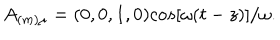
A _ { ( m ) \mu } = ( 0 , 0 , 1 , 0 ) c o s [ \omega ( t - z ) ] / \omega .